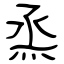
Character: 烝